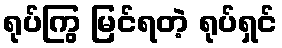
ရုပ်ကြွ မြင်ရတဲ့ ရုပ်ရှင်